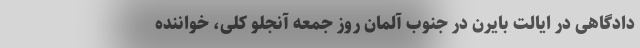
دادگاهی در ایالت بایرن در جنوب آلمان روز جمعه آنجلو کلی، خواننده